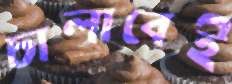
চালাবেই